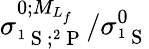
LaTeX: {\sigma}_{^1\mathrm{~S~};^{2}\mathrm{~P~}}^{0;{M}_{{L}_{f}}}/{\sigma}_{^1\mathrm{~S~}}^{0}